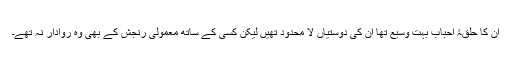
ان کا حلقۂ احباب بہت وسیع تھا اُن کی دوستیاں لا محدود تھیں لیکن کسی کے ساتھ معمولی رنجش کے بھی وہ روادار نہ تھے۔